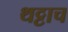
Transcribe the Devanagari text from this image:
थट्टाच